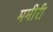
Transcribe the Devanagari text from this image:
ममीरी